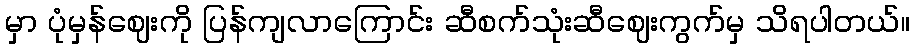
မှာ ပုံမှန်ဈေးကို ပြန်ကျလာကြောင်း ဆီစက်သုံးဆီဈေးကွက်မှ သိရပါတယ်။